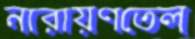
নারায়ণতেল